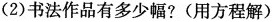
(2)书法作品有多少幅?(用方程解)